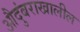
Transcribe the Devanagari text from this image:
औदुंबराखालील